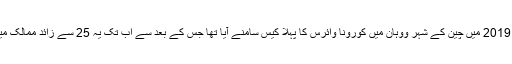
دراصل، دسمبر 2019 میں چین کے شہر ووہان میں کورونا وائرس کا پہلا کیس سامنے آیا تھا جس کے بعد سے اب تک یہ 25 سے زائد ممالک میں پھیل چکا ہے۔